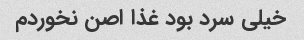
خیلی سرد بود غذا اصن نخوردم